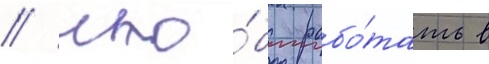
/ что́бы рабо́тать в